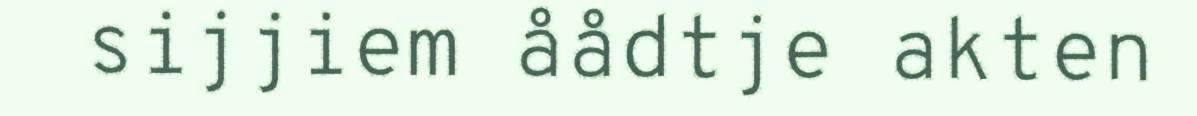
sijjiem åådtje akten